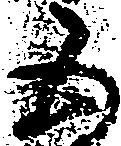
五